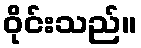
ဝိုင်းသည်။